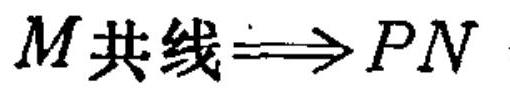
\(M共线\Longrightarrow PN\)